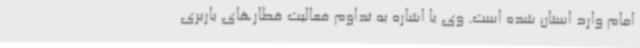
امام وارد استان شده است. وی با اشاره به تداوم فعالیت قطارهای باربری